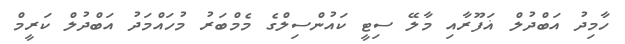
ހާމިދު އަބްދުލް ޣަފޫރާއި މާލޭ ސިޓީ ކައުންސިލްގެ މެމްބަރު މުހައްމަދު އަބްދުލް ކަރީމް